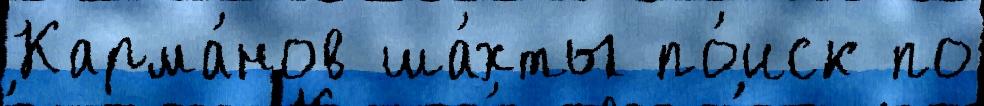
Карма́нов ша́хты по́иск по